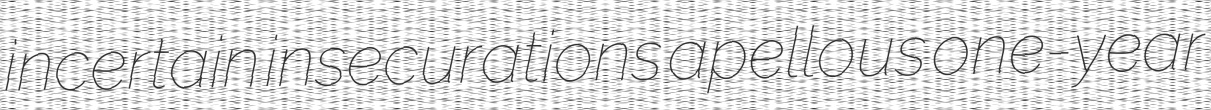
incertain insecurations apellous one-year